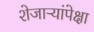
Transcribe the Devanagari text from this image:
शेजाऱ्यांपेक्षा